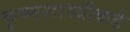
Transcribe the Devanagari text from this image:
कृष्णशास्त्रीकडे